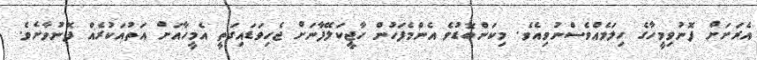
އެރަށަށް ފޮނުވިމީހާގެ ހިލަމެއްވެސްނުވިއެވެ. މިކަންބޮޑުވެ އެންމެފަހުން ހާޖީކަލޭފާނަށް ޖެހިވަޑައިގަތީ އެމީހާއަށް އަތުއަކުރެއް ފޮނުވާށެވެ.